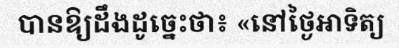
បានឱ្យដឹងដូច្នេះថា៖ «នៅថ្ងៃអាទិត្យ